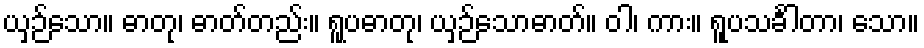
ယှဉ်သော။ ဓာတု၊ ဓာတ်တည်း။ ရူပဓာတု၊ ယှဉ်သောဓာတ်။ ဝါ၊ ကား။ ရူပသင်္ခါတာ၊ သော။